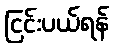
ငြင်းပယ်ရန်